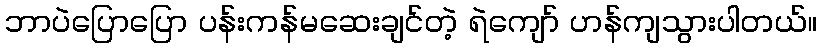
ဘာပဲပြောပြော ပန်းကန်မဆေးချင်တဲ့ ရဲကျော် ဟန်ကျသွားပါတယ်။